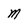
Character: M